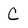
Character: C